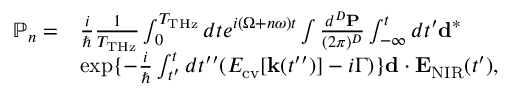
\begin{array} { r l } { \mathbb { P } _ { n } = } & { \frac { i } { \hbar } \frac { 1 } { T _ { \mathrm { T H z } } } \int _ { 0 } ^ { T _ { \mathrm { T H z } } } d t e ^ { i ( \Omega + n \omega ) t } \int \frac { d ^ { D } { \bf P } } { ( 2 \pi ) ^ { D } } \int _ { - \infty } ^ { t } d t ^ { \prime } { \bf d } ^ { * } } \\ & { \exp \{ - \frac { i } { \hbar } \int _ { t ^ { \prime } } ^ { t } d t ^ { \prime \prime } ( E _ { \mathrm { c v } } [ { \bf k } ( t ^ { \prime \prime } ) ] - i \Gamma ) \} { \bf d } \cdot { \bf E } _ { \mathrm { N I R } } ( t ^ { \prime } ) , } \end{array}